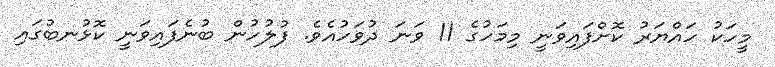
މީހަކު ހައްޔަރު ކޮށްފައިވަނީ މިމަހުގެ 11 ވަނަ ދުވަހުއެވެ. ފުލުހުން ބުނެފައިވަނީ ކޮޅުނބުގައި